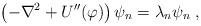
LaTeX: \begin{align*}\left(-\nabla^2+U''(\varphi)\right)\psi_n=\lambda_n\psi_n\;,\end{align*}